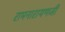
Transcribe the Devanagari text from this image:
रामनारायणजी